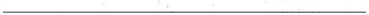
___